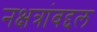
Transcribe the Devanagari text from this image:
नक्षत्रांबद्दल